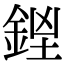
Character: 𨧓